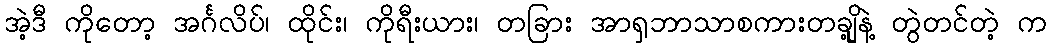
အဲ့ဒီ ကိုတော့ အင်္ဂလိပ်၊ ထိုင်း၊ ကိုရီးယား၊ တခြား အာရှဘာသာစကားတချို့နဲ့ တွဲတင်တဲ့ က